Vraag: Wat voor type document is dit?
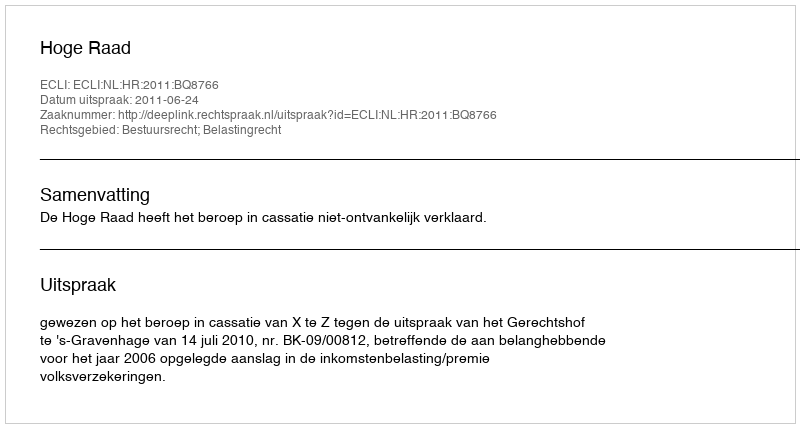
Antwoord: Uitspraak